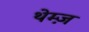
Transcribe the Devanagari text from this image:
थेम्ज़